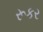
રૂકર